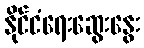
နိုင်ငံရေးဆွေးနွေး